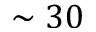
\sim 3 0